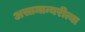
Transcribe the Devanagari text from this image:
असामान्यरीत्या